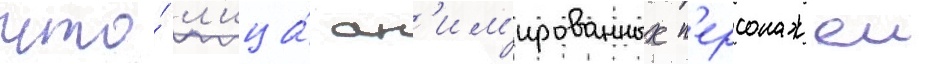
что́ л'ица́ ан'им'ированных п'ерсонажеи